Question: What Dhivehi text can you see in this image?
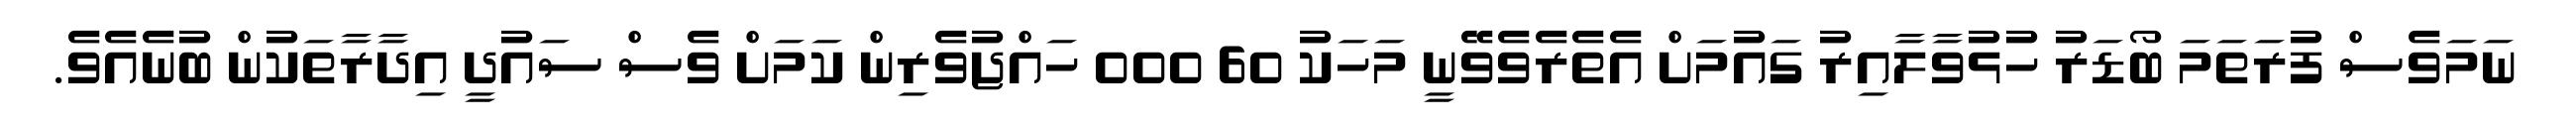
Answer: ނަމަވެސް ފުރަތަމަ ބޯޑަރު ހުޅުވާލާއިރު ގައުމަށް އެތެރެވެވޭނީ މަހަކު 60 000 ހައްޖުވެރިން ކަމަށް ވެސް ސައުދީ އިދާރާތަކުން ބުނެއެވެ.